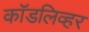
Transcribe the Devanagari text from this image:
कॉडलिव्हर